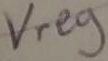
Text: Vreg